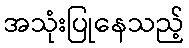
အသုံးပြုနေသည့်